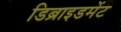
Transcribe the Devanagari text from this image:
डिब्राइडमेंट